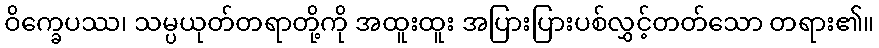
ဝိက္ခေပဿ၊ သမ္ပယုတ်တရာတို့ကို အထူးထူး အပြားပြားပစ်လွှင့်တတ်သော တရား၏။